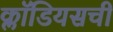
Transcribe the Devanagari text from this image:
क्लॉडियसची